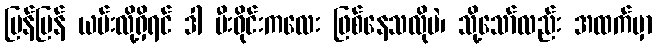
မြန်မြန် ယမ်းလို့ရှိရင် ဒါ မီးဝိုင်းကလေး ဖြစ်နေသလိုပဲ၊ သို့သော်လည်း အထက်မှာ